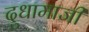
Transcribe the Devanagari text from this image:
दुधामाजीं